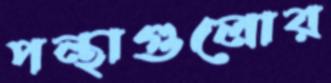
পন্থাগুলোর